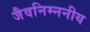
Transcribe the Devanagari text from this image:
जैवनिम्ननीय